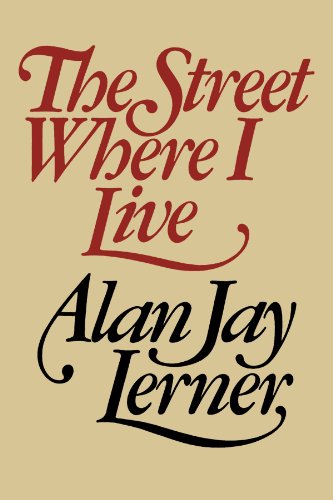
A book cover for The Street Where I Live; Alan Jay Lerner; Biographies & Memoirs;